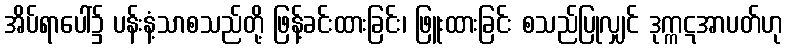
အိပ်ရာပေါ်၌ ပန်းနံ့သာစသည်တို့ ဖြန့်ခင်းထားခြင်း၊ ဖြူးထားခြင်း စသည်ပြုလျှင် ဒုက္ကဋအာပတ်ဟု